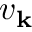
v _ { { \bf k } }